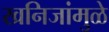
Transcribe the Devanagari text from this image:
खनिजांमुळे